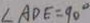
\angle A D E = 9 0 ^ { \circ }